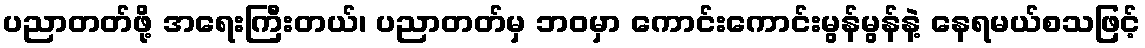
ပညာတတ်ဖို့ အရေးကြီးတယ်၊ ပညာတတ်မှ ဘဝမှာ ကောင်းကောင်းမွန်မွန်နဲ့ နေရမယ်စသဖြင့်